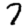
Digit: 7